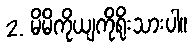
2. မိမိကိုယျကိုရိုးသားပါ။